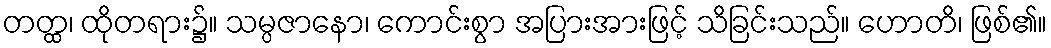
တတ္ထ၊ ထိုတရား၌။ သမ္ပဇာနော၊ ကောင်းစွာ အပြားအားဖြင့် သိခြင်းသည်။ ဟောတိ၊ ဖြစ်၏။